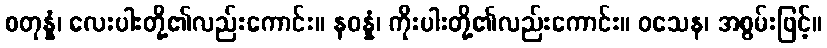
စတုန္နံ၊ လေးပါးတို့၏လည်းကောင်း။ နဝန္နံ၊ ကိုးပါးတို့၏လည်းကောင်း။ ဝသေန၊ အစွမ်းဖြင့်။